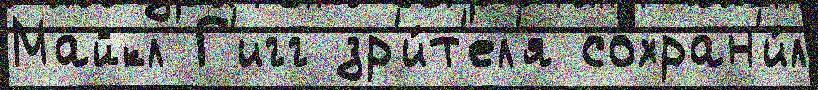
Майкл Г'игг зр'и́т'ел'я сохран'и́л